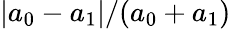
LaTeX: |a_{0}-a_{1}|/(a_{0}+a_{1})